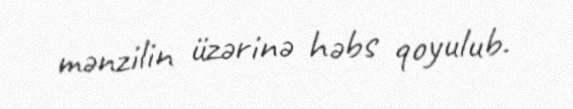
mənzilin üzərinə həbs qoyulub.